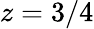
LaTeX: z=3/4